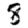
Digit: 8